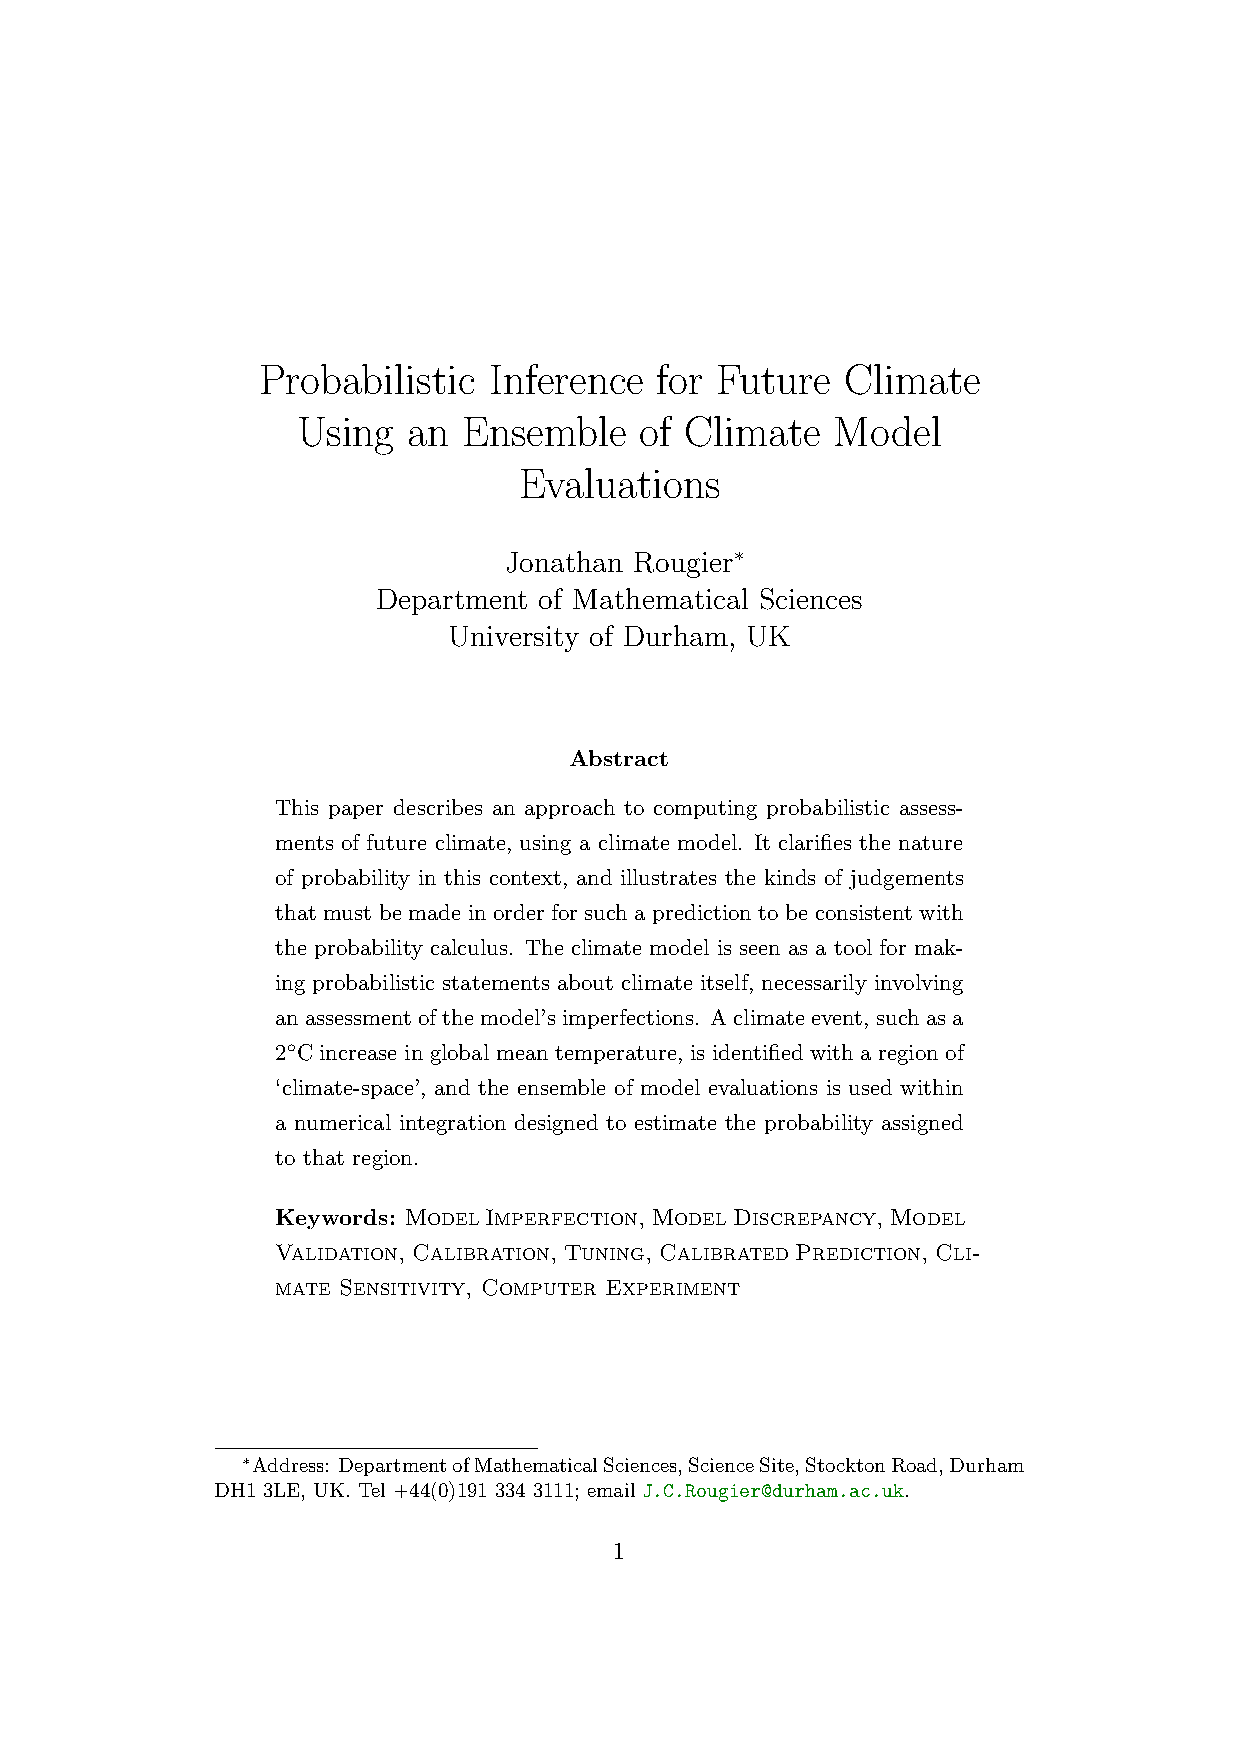
Probabilistic  Inference  for Future   Climate
 Using  an  Ensemble   of Climate   Model
 Evaluations
 Jonathan Rougier∗
 Department of Mathematical Sciences
 University of Durham, UK
 Abstract
 This paper describes an approach to computing probabilistic assess-
 ments of future climate, using a climate model. It clarifies the nature
 of probability in this context, and illustrates the kinds of judgements
 that must be made in order for such a prediction to be consistent with
 the probability calculus. The climate model is seen as a tool for mak-
 ing probabilistic statements about climate itself, necessarily involving
 anassessmentofthemodel’simperfections. Aclimateevent, suchasa
 2◦C increase in global mean temperature, is identified with a region of
 ‘climate-space’, and the ensemble of model evaluations is used within
 a numerical integration designed to estimate the probability assigned
 to that region.
 Keywords: ModelImperfection, ModelDiscrepancy, Model
 Validation, Calibration, Tuning, CalibratedPrediction, Cli-
 mate Sensitivity, Computer Experiment
 ∗Address: DepartmentofMathematicalSciences,ScienceSite,StocktonRoad,Durham
 DH1 3LE, UK. Tel +44(0)191 334 3111; email J.C.Rougier@durham.ac.uk.
 1